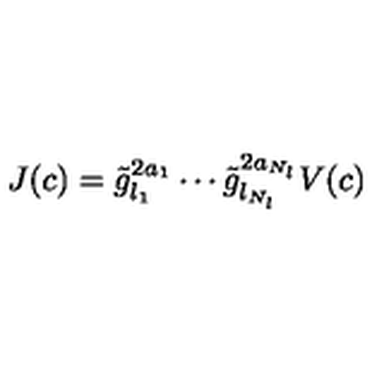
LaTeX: J ( c ) = \tilde { g } _ { l _ { 1 } } ^ { 2 a _ { 1 } } \cdots \tilde { g } _ { l _ { N _ { l } } } ^ { 2 a _ { N _ { l } } } V ( c )